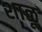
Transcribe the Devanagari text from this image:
शाळू